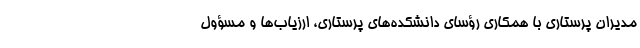
مدیران پرستاری با همکاری رؤسای دانشکده‌های پرستاری، ارزیاب‌ها و مسؤول